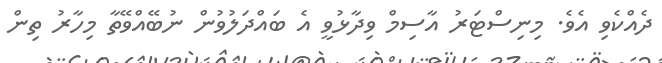
ދެއްކެވި އެވެ. މިނިސްޓަރު އާސިމް ވިދާޅުވީ އެ ބައްދަލުވުން ނުބޭއްވޭތާ މިހާރު ތިން